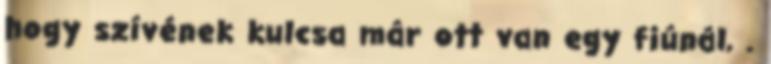
hogy szívének kulcsa már ott van egy fiúnál, .